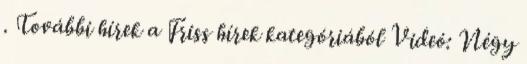
. További hírek a Friss hírek kategóriából Videó: Négy